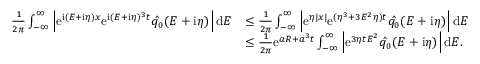
\begin{array} { r l } { \frac { 1 } { 2 \pi } \int _ { - \infty } ^ { \infty } \left| \mathrm e ^ { \mathrm i ( E + \mathrm i \eta ) x } \mathrm e ^ { \mathrm i ( E + \mathrm i \eta ) ^ { 3 } t } \hat { q _ { 0 } } ( E + \mathrm i \eta ) \right| \mathrm d E } & { \leq \frac { 1 } { 2 \pi } \int _ { - \infty } ^ { \infty } \left| \mathrm e ^ { \eta | x | } \mathrm e ^ { ( \eta ^ { 3 } + 3 E ^ { 2 } \eta ) t } \hat { q _ { 0 } } ( E + \mathrm i \eta ) \right| \mathrm d E } \\ & { \leq \frac { 1 } { 2 \pi } \mathrm e ^ { a R + a ^ { 3 } t } \int _ { - \infty } ^ { \infty } \left| \mathrm e ^ { 3 \eta t E ^ { 2 } } \hat { q _ { 0 } } ( E + \mathrm i \eta ) \right| \mathrm d E . } \end{array}